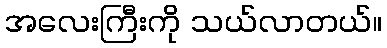
အလေးကြီးကို သယ်လာတယ်။